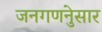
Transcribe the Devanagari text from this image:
जनगणनेुसार